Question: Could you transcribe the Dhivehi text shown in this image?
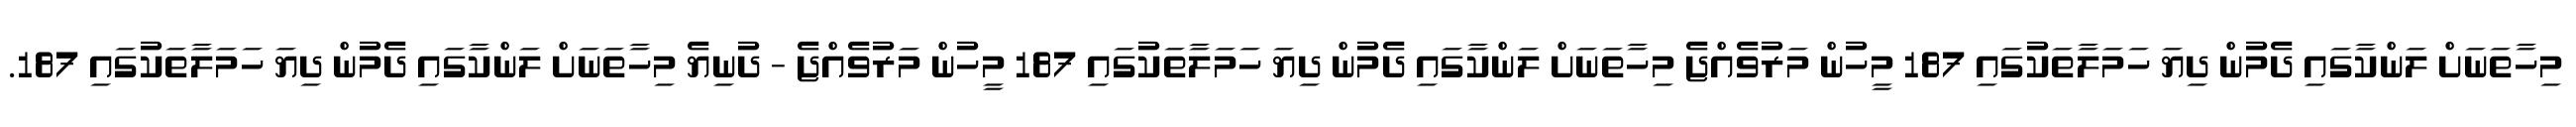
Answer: މިހާތަނަށް ލަންކާގައި ދެމުން ދިޔަ ހަމަލާތަކުގައި 187 މީހުން މަރުވެއްޖެ މިހާތަނަށް ލަންކާގައި ދެމުން ދިޔަ ހަމަލާތަކުގައި 187 މީހުން މަރުވެއްޖެ - ދުނިޔެ މިހާތަނަށް ލަންކާގައި ދެމުން ދިޔަ ހަމަލާތަކުގައި 187.